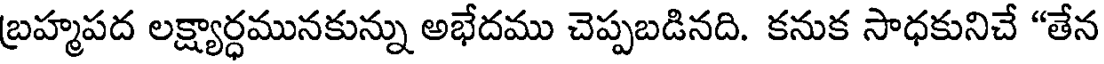
బ్రహ్మపద లక్ష్యార్ధమునకున్ను అభేదము చెప్పబడినది. కనుక సాధకునిచే "తేన